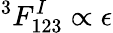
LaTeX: ^3F_{123}^{I}\propto\epsilon